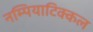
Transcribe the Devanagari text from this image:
नम्पियाटिक्कल